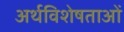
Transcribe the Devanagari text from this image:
अर्थविशेषताओं